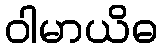
ဝါမာယိဓ